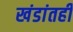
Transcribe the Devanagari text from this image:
खंडांतही